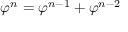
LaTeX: \varphi ^ { n } = \varphi ^ { n - 1 } + \varphi ^ { n - 2 }